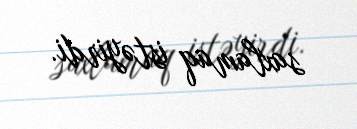
saxlamaq istəyirdi.